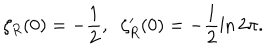
LaTeX: \zeta _ { R } ( 0 ) = - \frac { 1 } { 2 } , \; \; \zeta _ { R } ^ { \prime } ( 0 ) = - \frac { 1 } { 2 } \ln 2 \pi .